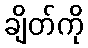
ချိတ်ကို